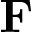
\mathbf { F }